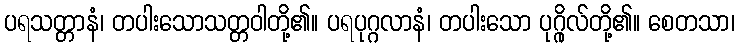
ပရသတ္တာနံ၊ တပါးသောသတ္တဝါတို့၏။ ပရပုဂ္ဂလာနံ၊ တပါးသော ပုဂ္ဂိုလ်တို့၏။ စေတသာ၊